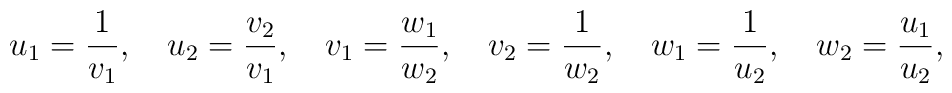
u_1 = {1 \over v_1},  \quad u_2 = {v_2 \over v_1}, \quad v_1 = {w_1 \over w_2},  \quad v_2 = {1 \over w_2}, \quad w_1 = {1 \over u_2}, \quad w_2 = {u_1 \over u_2} ,